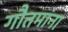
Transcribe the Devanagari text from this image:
गौतमांना